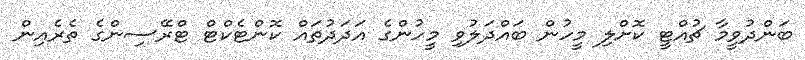
ބަންދުވީމާ ޗުއްޓީ ކޮށްލި މީހުން ބައްދަލުވި މީހުންގެ އަދަދުތައް ކޮންޓެކްޓް ޓްރޭސިންގެ ތެރެއިން